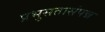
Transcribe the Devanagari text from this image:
प्रभुसतासंपन्न